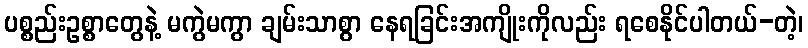
ပစ္စည်းဥစ္စာတွေနဲ့ မကွဲမကွာ ချမ်းသာစွာ နေရခြင်းအကျိုးကိုလည်း ရစေနိုင်ပါတယ်-တဲ့၊